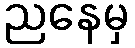
ညနေမှ